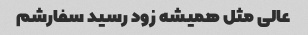
عالی مثل همیشه زود رسید سفارشم